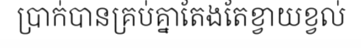
ប្រាក់បានគ្រប់គ្នាតែងតែខ្វាយខ្វល់